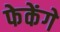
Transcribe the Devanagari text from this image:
फेकेंगे